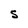
Character: S